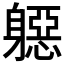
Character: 𨉼